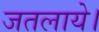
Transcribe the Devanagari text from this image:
जतलाये।